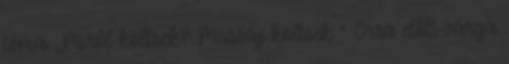
téma „Miről költsek? Muszáj költsek ” Orra előtt sárga